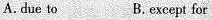
A. due to B. except for